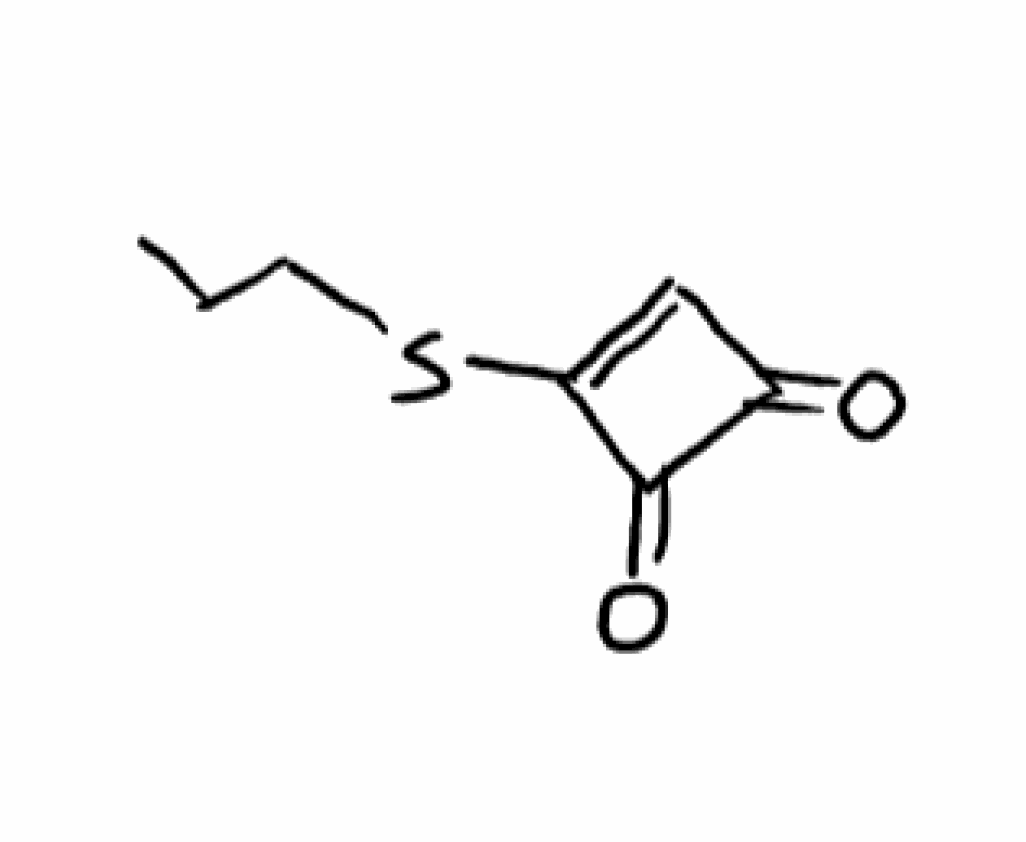
Simplified molecular-input line-entry system (SMILES) notation of the given molecule:
CCCSC1=CC(=O)C1=O